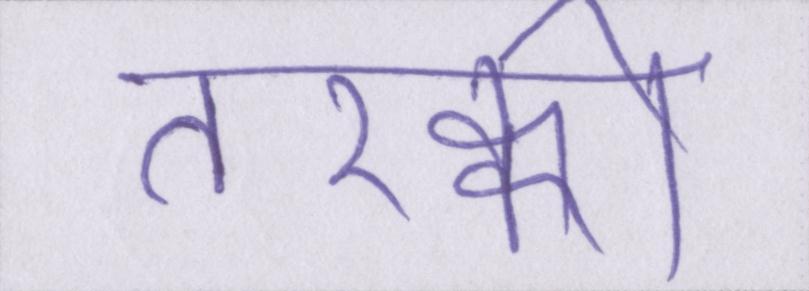
तरक्की